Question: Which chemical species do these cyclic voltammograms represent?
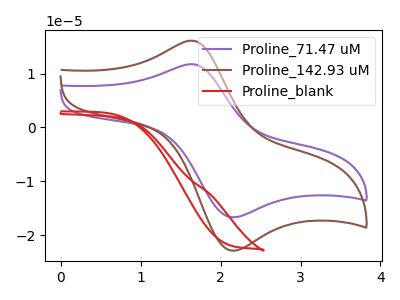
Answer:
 <answer>The purple curve is labeled "Proline_71.47 uM". The brown curve is labeled "Proline_142.93 uM". The red curve is labeled "Proline_blank".</answer>
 <eval></eval>